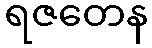
ရဇတေန